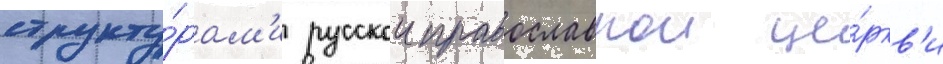
структу́рам'и русскои православнои це́ркв'и